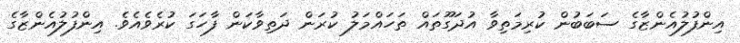
އިންފުލުއެންޒާގެ ސަބަބުން ކުރިމަތިވާ އުދަގޫތައް ތަހައްމަލު ކުރަން ދަތިވާކަން ފާހަގަ ކުރެވެއެވެ. އިންފުލުއެންޒާގެ